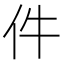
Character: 件